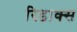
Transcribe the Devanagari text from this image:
रिडाक्स